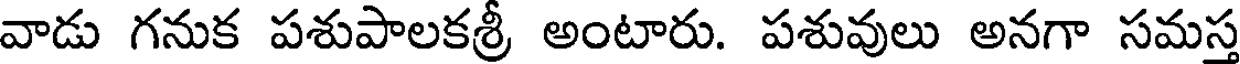
వాడు గనుక పశుపాలకశ్రీ అంటారు. పశువులు అనగా సమస్త